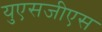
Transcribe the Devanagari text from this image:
युएसजीएस